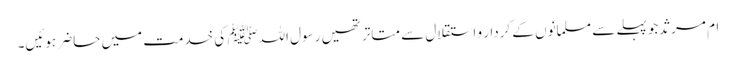
ام مرثد جو پہلے سے مسلمانوں کے کردار و استقلال سے متاتر تھیں رسول اللہﷺ کی خدمت میں حاضر ہوئیں۔